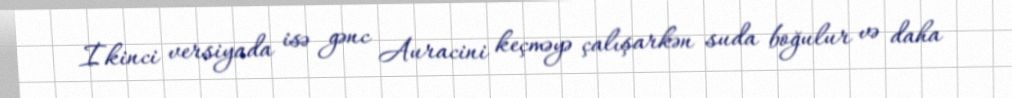
İkinci versiyada isə gənc Auracini keçməyə çalışarkən suda boğulur və daha